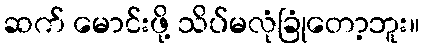
ဆက် မောင်းဖို့ သိပ်မလုံခြုံတော့ဘူး။